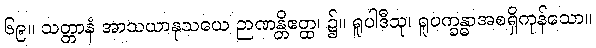
၆၉။ သတ္တာနံ အာသယာနုသယေ ဉာဏန္တိဧတ္ထ၊ ၌။ ရူပါဒီသု၊ ရူပက္ခန္ဓာအစရှိကုန်သော။